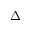
\Delta